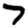
Digit: 7